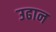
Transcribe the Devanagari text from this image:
उढान